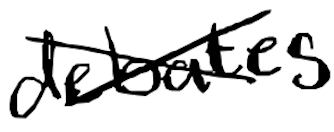
Text: debates
Cross-out: cross
Writing tool: digital_black